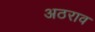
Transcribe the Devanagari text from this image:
अठराव